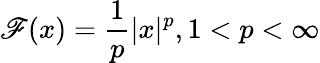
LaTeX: \mathscr{F}(x)={\frac{{1}}{{p}}}|x|^{p},1<p<\infty